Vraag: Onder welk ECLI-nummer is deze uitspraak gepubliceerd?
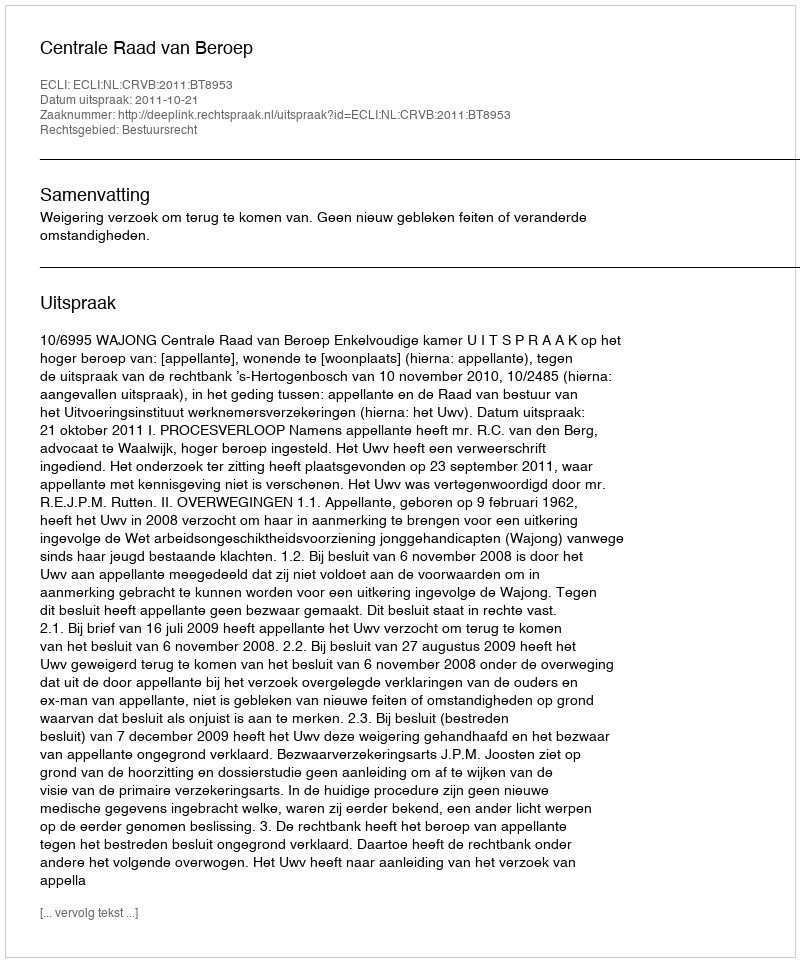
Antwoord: ECLI:NL:CRVB:2011:BT8953